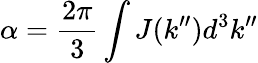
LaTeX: \alpha=\frac{2\pi}{3}\int J(k^{\prime\prime})d^{3}k^{\prime\prime}